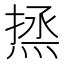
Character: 𰞼